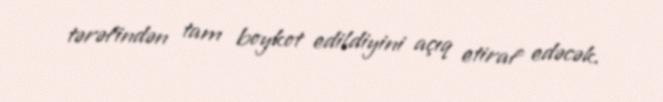
tərəfindən tam boykot edildiyini açıq etiraf edəcək.